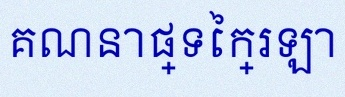
គណនាផ្ទៃក្រឡា